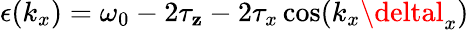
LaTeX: \epsilon(k_{x})=\omega_{0}-2\tau_{\mathbf{z}}-2\tau_{x}\cos(k_{x}\deltal_{x})